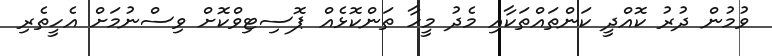
ވުމުން ދުރު ކޮއްދީ ކަންތައްތަކާއި މެދު މީހާ ތަންކޮޅެއް ޕޮސިޓިވްކޮށް ވިސްނުމަށް އެހީތެރި